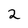
Character: 2